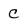
Character: C